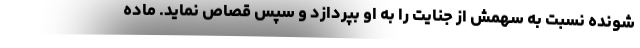
شونده نسبت به سهمش از جنایت را به او بپردازد و سپس قصاص نماید. ماده